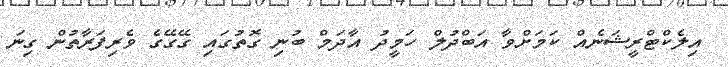
އިލެކްޓްރީޝަނެއް ކަމަށްވާ އަބްދުލް ހަމީދު އާދަމް ބުނި ގޮތުގައި ގޭގޭގެ ވެރިފަރާތުން ގިނަ